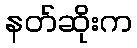
နတ်ဆိုးက